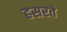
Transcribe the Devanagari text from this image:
हसरते